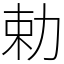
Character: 勅